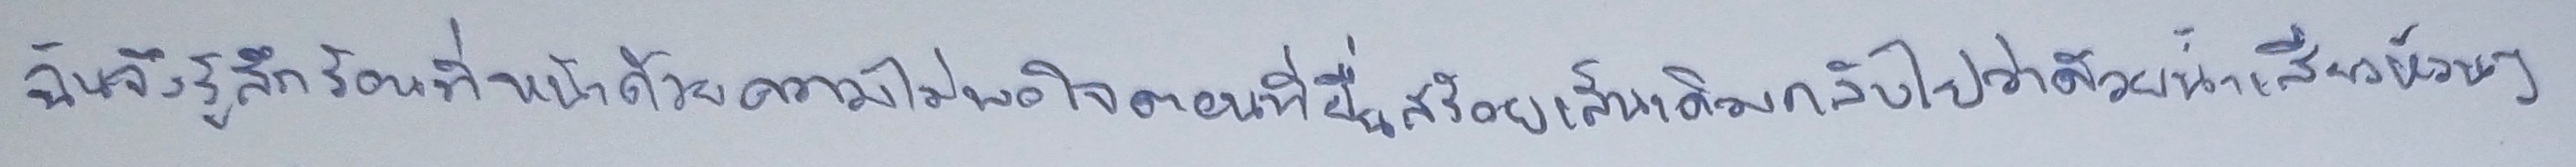
ฉันจึงรู้สึกร้อนที่หน้าด้วยความไม่พอใจตอนที่ยื่นสร้อยเส้นเดิมกลับไปแล้วว่าด้วยน้ำเสียงห้วนๆ